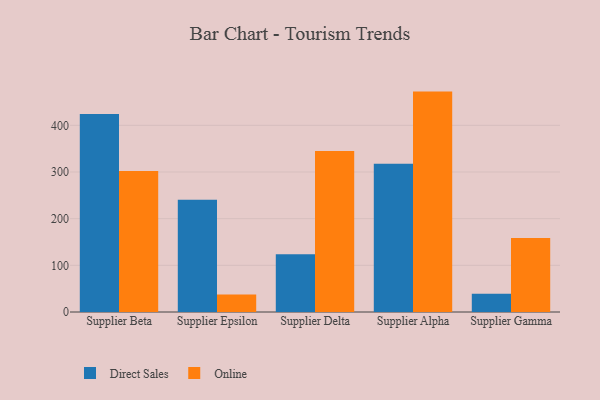
{"axis": {"x": "Supplier", "y": "Latency (ms)"}, "legend": ["Direct Sales", "Online"], "data": [{"x": "Supplier Beta", "y": 424.4, "type": "Direct Sales"}, {"x": "Supplier Beta", "y": 302.3, "type": "Online"}, {"x": "Supplier Epsilon", "y": 240.4, "type": "Direct Sales"}, {"x": "Supplier Epsilon", "y": 37.3, "type": "Online"}, {"x": "Supplier Delta", "y": 123.8, "type": "Direct Sales"}, {"x": "Supplier Delta", "y": 345.0, "type": "Online"}, {"x": "Supplier Alpha", "y": 317.7, "type": "Direct Sales"}, {"x": "Supplier Alpha", "y": 472.3, "type": "Online"}, {"x": "Supplier Gamma", "y": 39.2, "type": "Direct Sales"}, {"x": "Supplier Gamma", "y": 158.4, "type": "Online"}]}